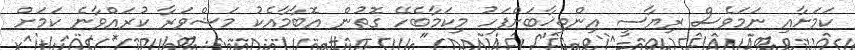
ކަމަށާއި ނަމަވެސް ރިޔާސީ އިންތިޚާބަށްފަހު މިކަމާބެހޭ ގޮތުން އޮބާމާއެކު މަޝްވަރާ ކުރައްވާނެ ކަމަށް